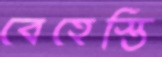
বেহেস্তি